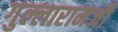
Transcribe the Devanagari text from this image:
गुल्लारामजी